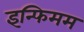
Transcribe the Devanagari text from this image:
इन्फिमम